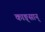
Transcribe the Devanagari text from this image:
काङ्सान्